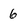
Character: 6